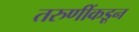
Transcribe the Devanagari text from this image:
तरुणींकडून